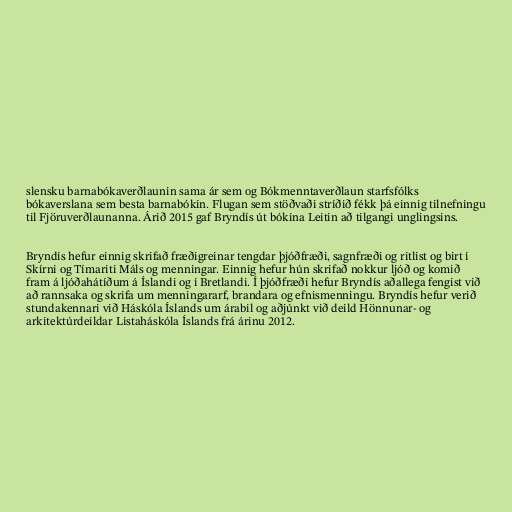
slensku barnabókaverðlaunin sama ár sem og Bókmenntaverðlaun starfsfólks
bókaverslana sem besta barnabókin. Flugan sem stöðvaði stríðið fékk þá einnig tilnefningu
til Fjöruverðlaunanna. Árið 2015 gaf Bryndís út bókina Leitin að tilgangi unglingsins.

Bryndís hefur einnig skrifað fræðigreinar tengdar þjóðfræði, sagnfræði og ritlist og birt í
Skírni og Tímariti Máls og menningar. Einnig hefur hún skrifað nokkur ljóð og komið
fram á ljóðahátíðum á Íslandi og í Bretlandi. Í þjóðfræði hefur Bryndís aðallega fengist við
að rannsaka og skrifa um menningararf, brandara og efnismenningu. Bryndís hefur verið
stundakennari við Háskóla Íslands um árabil og aðjúnkt við deild Hönnunar- og
arkitektúrdeildar Listaháskóla Íslands frá árinu 2012.